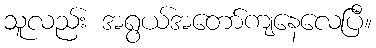
သူလည်း အရွယ်အတော်ကျနေလေပြီ။